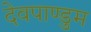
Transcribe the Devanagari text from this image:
देवपाण्डुम